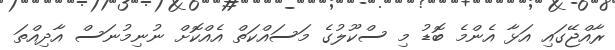
ރާއްޖޭގައި އަޅާ އެންމެ ބޮޑު މި ސްކޫލުގެ މަސައްކަތް އެއްކޮށް ނުނިމުނަސް އާދިއްތަ